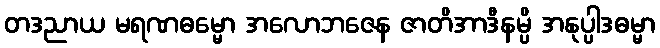
တဒညာယ မရဏဓမ္မော အလောဘဇေန ဇာတိအာဒီနမ္ပိ အနုပ္ပါဒဓမ္မာ